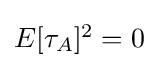
{\textstyle E[\tau _{A}]^{2}=0}